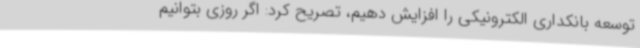
توسعه بانکداری الکترونیکی را افزایش دهیم، تصریح کرد: اگر روزی بتوانیم